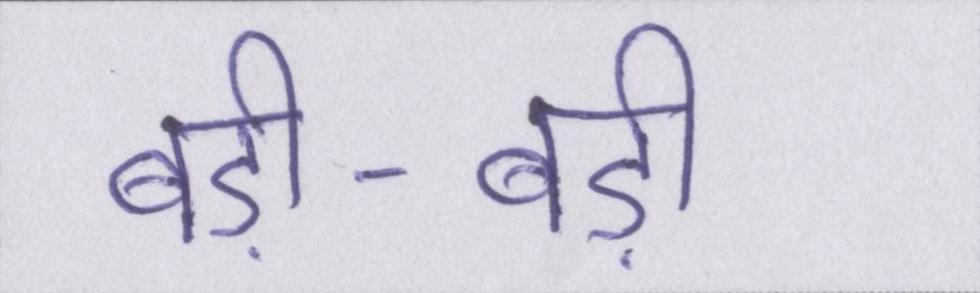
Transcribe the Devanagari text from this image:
बड़ी-बड़ी